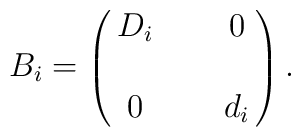
B_i = \pmatrix{D_i & \, & 0 \cr \, & \, & \, \cr 0 & \, & d_i}.